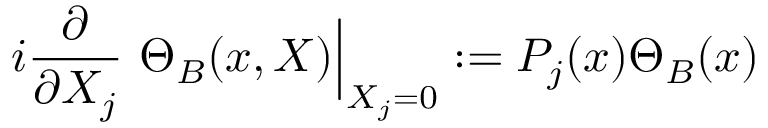
i \frac { \partial } { \partial X _ { j } } \ \Theta _ { B } ( x , X ) \Big \vert _ { X _ { j } = 0 } : = P _ { j } ( x ) \Theta _ { B } ( x )